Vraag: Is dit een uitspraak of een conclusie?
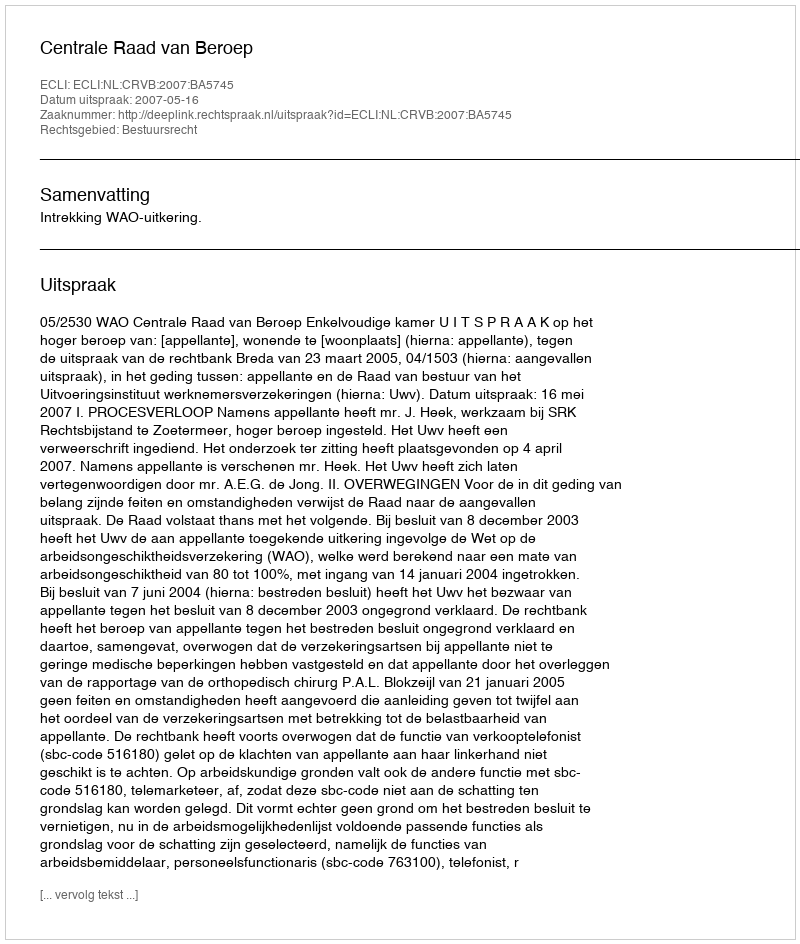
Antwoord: Uitspraak